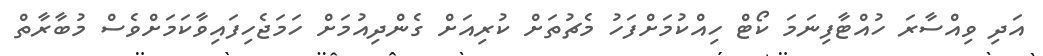
އަދި ވިއްސާރަ ހުއްޓާފިނަމަ ކޯޓް ހިއްކުމަށްފަހު މެޗުތަށް ކުރިއަށް ގެންދިއުމަށް ހަމަޖެހިފައިވާކަމަށްވެސް މުބާރާތް